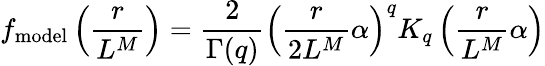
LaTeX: f_{\textrm{model}}\left(\frac{r}{L^{M}}\right)=\frac{2}{\Gamma(q)}\left(\frac{r}{2L^{M}}\alpha\right)^{q}K_{q}\left(\frac{r}{L^{M}}\alpha\right)